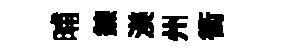
晡錬渼州衝